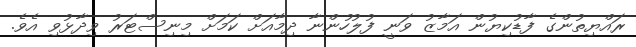
ރައްޔިތުންގެ ފާޑުކިޔުން އަމާޒު ވަނީ ފުލުހުންނާ ދިމާއަށް ކަމަށް މިނިސްޓަރު ވިދާޅުވި އެވެ.